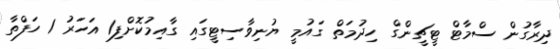
ދިރާގުން ސްމާޓް ޓީޗީންގް ހިދުމަތް ގައުމީ ޔުނިވާސިޓީގައި ގާއިމުކޮށްފި1 އަހަރު 1 ހަފްތާ